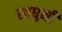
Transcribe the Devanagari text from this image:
साधुनी